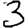
Digit: 3